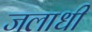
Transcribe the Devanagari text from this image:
जलाधी